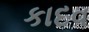
કાદવ